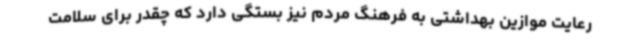
رعایت موازین بهداشتی به فرهنگ مردم نیز بستگی دارد که چقدر برای سلامت